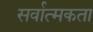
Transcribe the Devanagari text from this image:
सर्वात्मकता